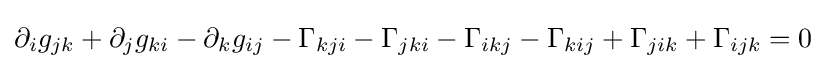
\partial _{i}g_{jk}+\partial _{j}g_{ki}-\partial _{k}g_{ij}-\Gamma _{kji}-\Gamma _{jki}-\Gamma _{ikj}-\Gamma _{kij}+\Gamma _{jik}+\Gamma _{ijk}=0